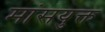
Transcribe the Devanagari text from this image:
मांसयुक्त